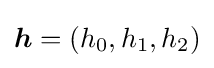
{\boldsymbol {h}}=(h_{0},h_{1},h_{2})